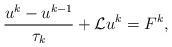
LaTeX: \begin{align*}\frac{ u^k-u^{k-1}}{\tau_k} +\mathcal{L}u^k = F^k,\end{align*}